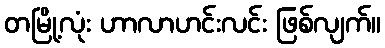
တမြို့လုံး ဟာလာဟင်းလင်း ဖြစ်လျက်။